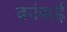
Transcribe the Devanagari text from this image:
कांसई